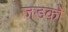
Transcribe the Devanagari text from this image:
जडको